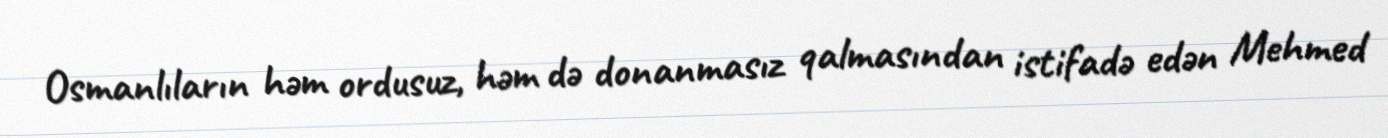
Osmanlıların həm ordusuz, həm də donanmasız qalmasından istifadə edən Mehmed